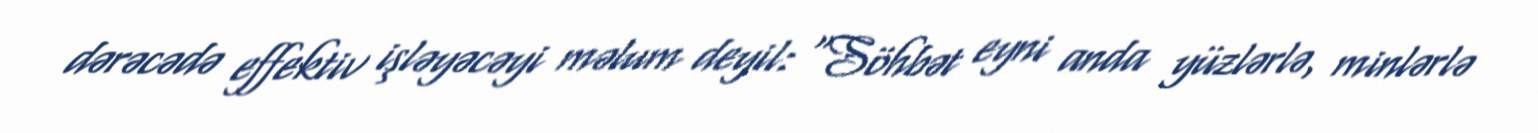
dərəcədə effektiv işləyəcəyi məlum deyil: “Söhbət eyni anda yüzlərlə, minlərlə